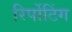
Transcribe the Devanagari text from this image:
रिर्पोटिंग